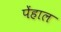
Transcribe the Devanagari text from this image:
पेंहाल